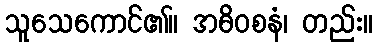
သူသေကောင်၏။ အဓိဝစနံ၊ တည်း။